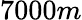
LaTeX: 7000m